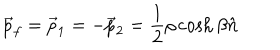
\vec { p } _ { f } = \vec { p } _ { 1 } = - \vec { p } _ { 2 } = \frac { 1 } { 2 } \rho \cosh \beta \hat { n }